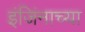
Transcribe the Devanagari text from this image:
इंजिंनाच्या